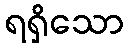
ရရှိသော